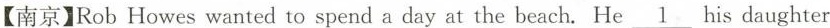
【南京】RobHowes wanted to spend a day at the beach.He \underline{1}his daughter